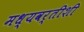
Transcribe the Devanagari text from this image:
मध्यवर्तीशी